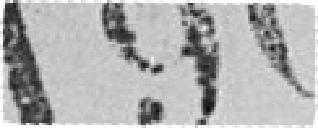
190